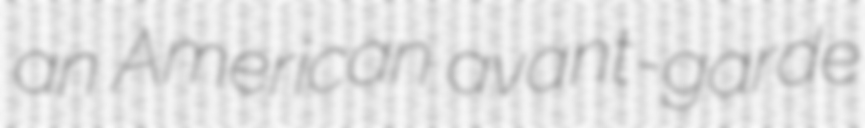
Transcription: an American avant-garde